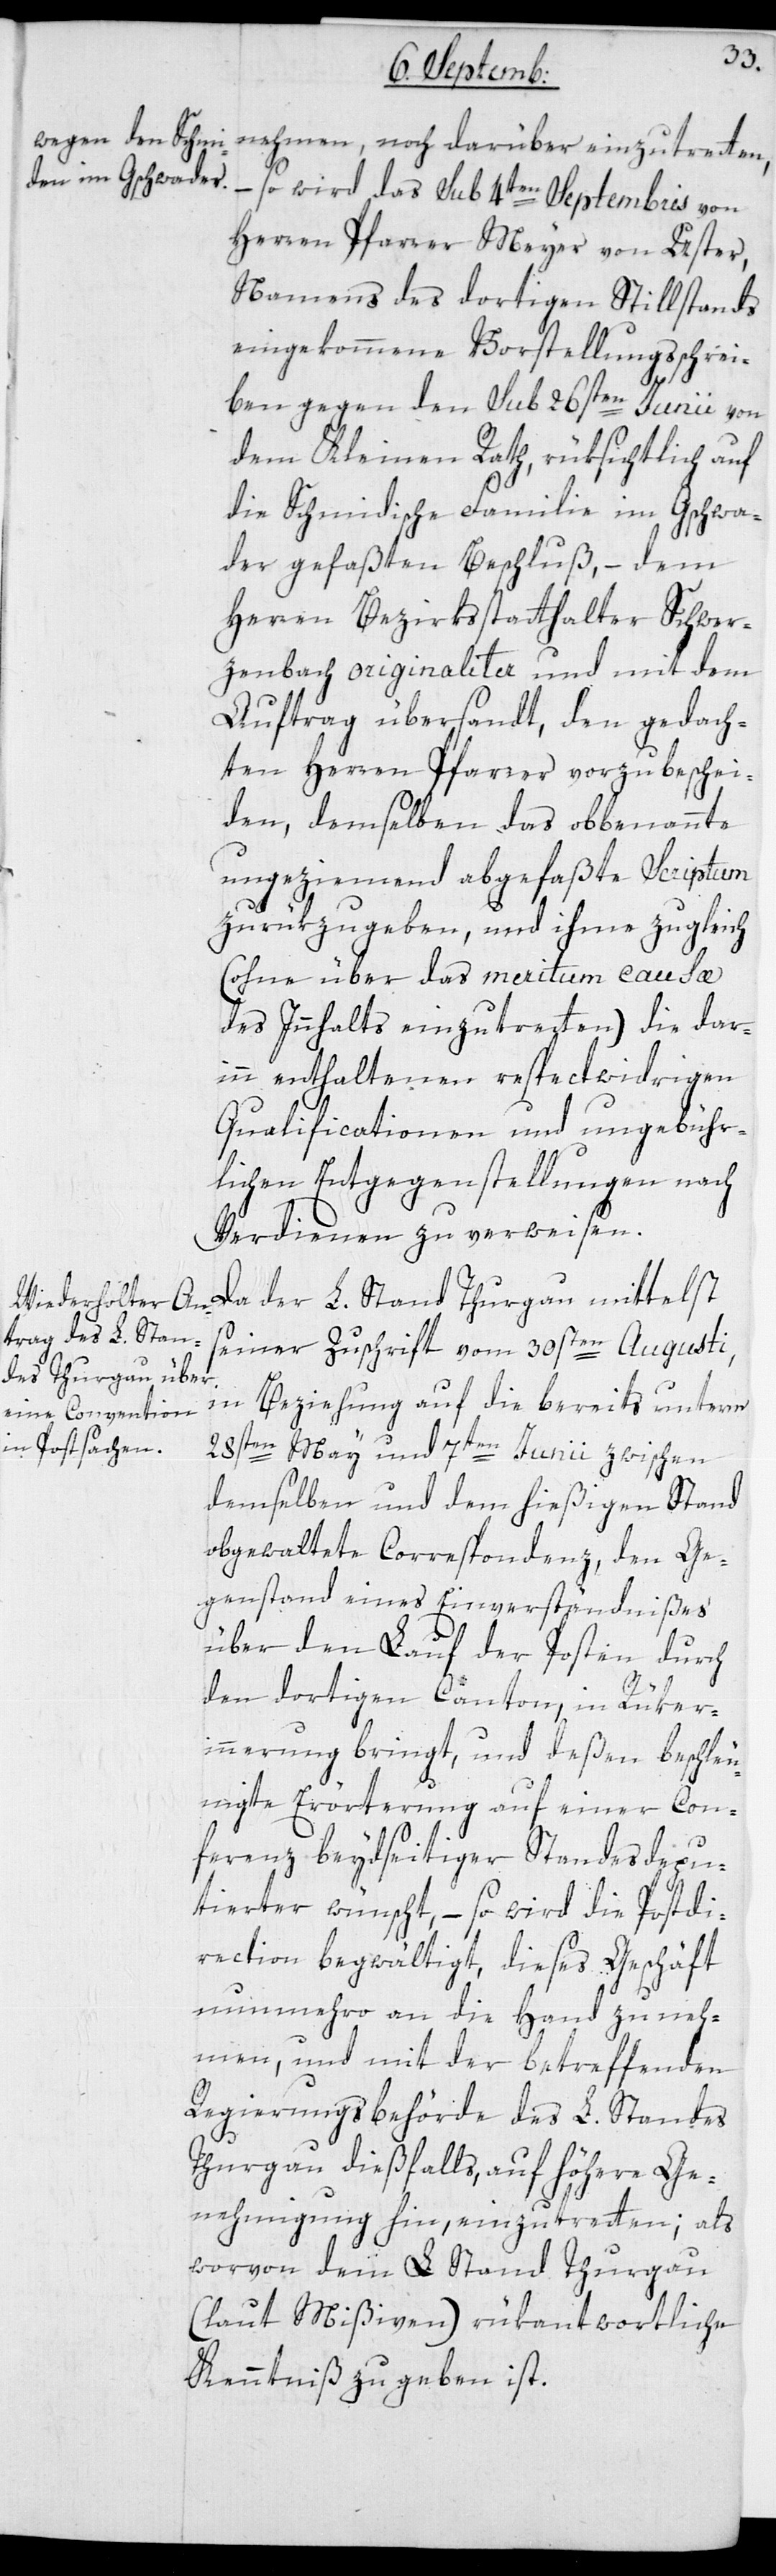
nehmen, noch darüber einzutretten,
– so wird das sub 4ten Septembris von
Herren Pfarrer Meyer von Uster,
namens des dortigen Stillstands
eingekommene Vorstellungsschrei¬
ben gegen den sub 26sten Junii von
dem Kleinen Rath, rüksichtlich auf
die Schmidische Familie im Gschwa¬
der gefaßten Beschluß, – dem
Herren Bezirksstatthalter Schwer¬
zenbach originaliter und mit dem
Auftrag übersandt, den gedach¬
ten Herren Pfarrer vorzubeschei¬
den, demselben das obbenannte
ungeziemend abgefaßte Scriptum
zurükzugeben, und ihme zugleich
(ohne über das meritum causæ
des Innhalts einzutretten) die dar¬
inn enthaltenen respectwidrigen
Qualificationen und ungebühr¬
lichen Entgegenstellungen nach
Verdienen zu verweisen.
Da der L. Stand Thurgau mittelst
seiner Zuschrift vom 30sten Augusti,
in Beziehung auf die bereits unterm
28sten May und 7ten Junii zwischen
demselben und dem hießigen Stand
obgewaltete Correspondenz, den Ge¬
genstand eines Einverständnißes
über den Lauf der Posten durch
den dortigen Canton, in Rüker¬
innerung bringt, und deßen beschleu¬
nigte Erörterung auf einer Con¬
ferenz beydseitiger Standesdepu¬
tierten wünscht, – so wird die Postdi¬
rection begwältigt, dieses Geschäft
nunmehro an die Hand zu neh¬
men, und mit der betreffenden
Regierungsbehörde des L. Standes
Thurgau dießfalls, auf höhere Ge¬
nehmigung hin, einzutretten; als
worvon dem L. Stand Thurgau
(laut Mißiven) rükantwortliche
Kenntniß zu geben ist.